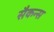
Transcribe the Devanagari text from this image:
सैकन्स